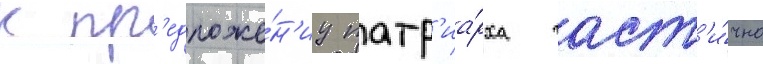
к пр'едложе́н'иу патр'иа́рха част'и́чно